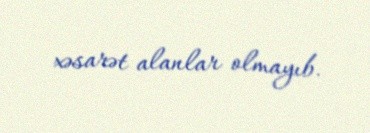
xəsarət alanlar olmayıb.